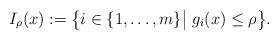
LaTeX: \begin{align*}I_\rho(x):=\big\{i\in\{1,\ldots,m\}\big|\;g_i(x)\le\rho\big\}.\end{align*}